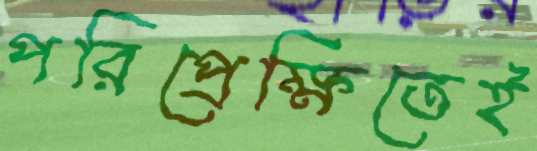
পরিপ্রেক্ষিতেই